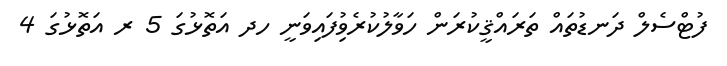
ފުޓްސެލް ދަނޑުތައް ތަރައްޤީކުރަން ހަވާލުކުރެވުިފައިވަނީ ހދ އަތޮޅުގަ 5 ރ އަތޮޅުގަ 4